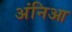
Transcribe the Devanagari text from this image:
अंनिआ